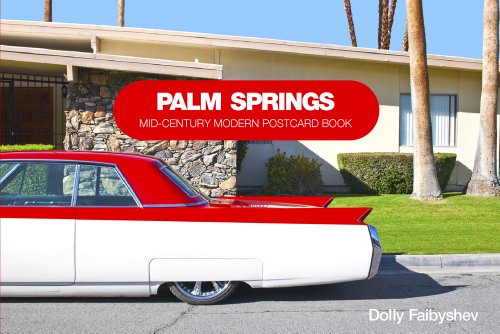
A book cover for Palm Springs: Mid-century Modern Postcard Book; Dolly Faibyshev; Crafts, Hobbies & Home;